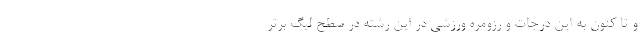
و تا کنون به این درجات و رزومره ورزشی در این رشته در سطح لیگ برتر